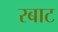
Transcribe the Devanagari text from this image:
रबाट